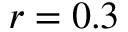
r = 0 . 3